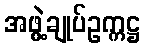
အဖွဲ့ချုပ်ဥက္ကဋ္ဌ